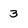
Character: 3